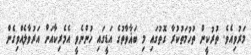
މަރުވިއެވެ. ތުރުކީން ތުހުމަތުކުރާ ގޮތުގައި މި ބަޣާވާތުގެ އަޑީގައި ހުންނެވީ އެމެރިކާއަށް އަރުވާލެއްވިގެން